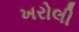
ખરોલી